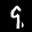
Label: 9